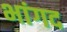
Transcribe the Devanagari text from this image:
भांगद